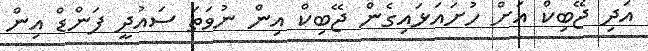
އަދި ޖޭބިކް އަށް ހުށައަޅައިގެން ޖޭބިކް އިން ނުވަތަ ސައުދީ ފަންޑް އިން